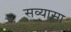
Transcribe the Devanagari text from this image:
सव्यासा